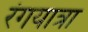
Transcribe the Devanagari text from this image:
रंगयात्रा